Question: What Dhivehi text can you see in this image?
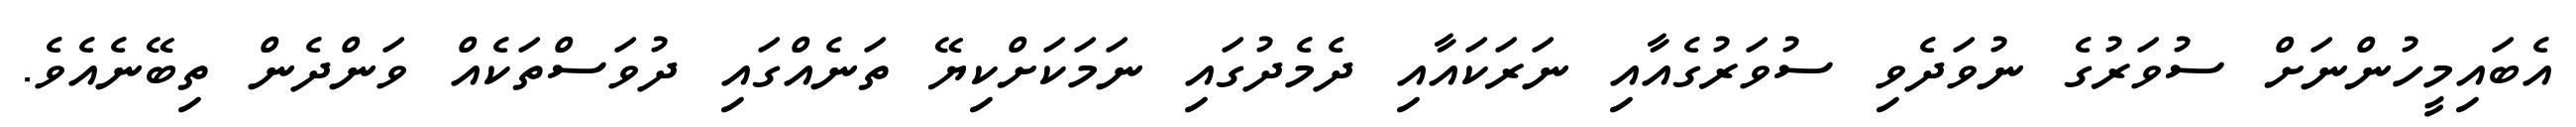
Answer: އެބައިމީހުންނަށް ސުވަރުގެ ނުވަދެވި ސުވަރުގެއާއި ނަރަކައާއި ދެމެދުގައި ނަމަކަށްކިޔޭ ތަނެއްގައި ދުވަސްތަކެއް ވަންދެން ތިބޭނެއެވެ.